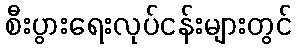
စီးပွားရေးလုပ်ငန်းများတွင်